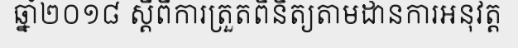
ឆ្នាំ២០១៨ ស្តីពីការត្រួតពិនិត្យតាមដានការអនុវត្ត